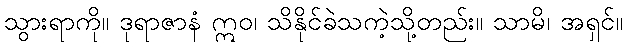
သွားရာကို။ ဒုရာဇာနံ ဣဝ၊ သိနိုင်ခဲသကဲ့သို့တည်း။ သာမိ၊ အရှင်။